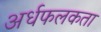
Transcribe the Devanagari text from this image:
अर्धफलकता